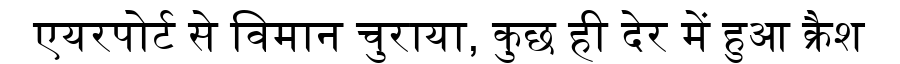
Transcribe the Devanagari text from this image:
एयरपोर्ट से विमान चुराया, कुछ ही देर में हुआ क्रैश